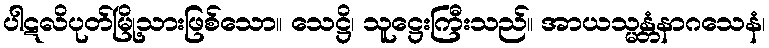
ပါဋလိပုတ်မြို့သားဖြစ်သော။ သေဋ္ဌိ၊ သူဋ္ဌေးကြီးသည်။ အာယသ္မန္တံနာဂသေနံ၊